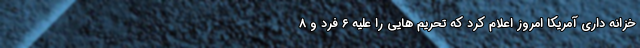
خزانه داری آمریکا امروز اعلام کرد که تحریم هایی را علیه ۶ فرد و ۸